Malaria in India - Number 2
Disease focus: Malaria
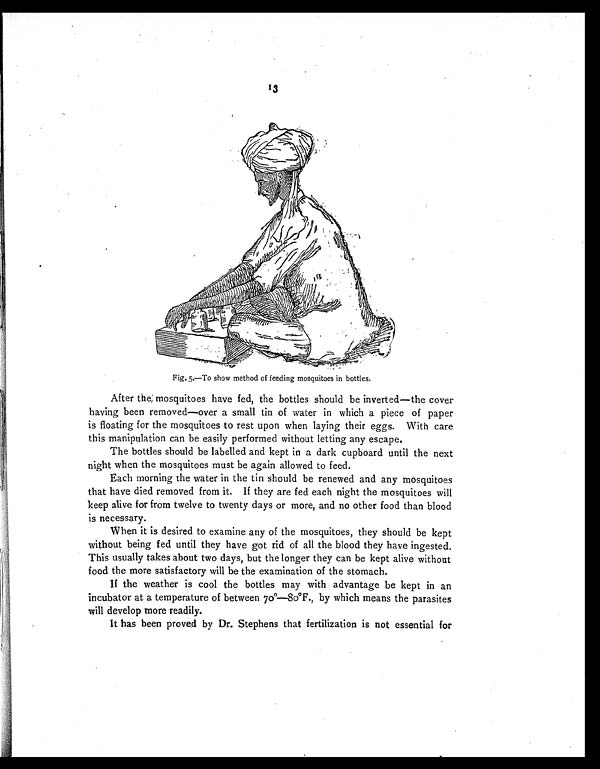
13
After the, mosquitoes have fed, the bottles should be inverted-the cover
having been removed—over a small tin of water in which a piece of paper
is floating for the mosquitoes to rest upon when laying their eggs. With care
this manipulation can be easily performed without letting any escape.
The bottles should be labelled and kept in a dark cupboard until the next
night when the mosquitoes must be again allowed to feed.
Each morning the water in the tin should be renewed and any mosquitoes
that have died removed from it. If they are fed each night the mosquitoes will
keep alive for from twelve to twenty days or more, and no other food than blood
is necessary.
When it is desired to examine any of the mosquitoes, they should be kept
without being fed until they have got rid of all the blood they have ingested.
This usually takes about two days, but the longer they can be kept alive without
food the more satisfactory will be the examination of the stomach.
If the weather is cool the bottles may with advantage be kept in an
incubator at a temperature of between 70°—80ºF., by which means the parasites
will develop more readily.
It has been proved by Dr. Stephens that fertilization is not essential for